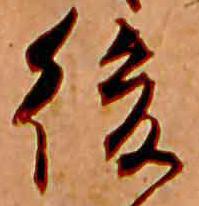
後